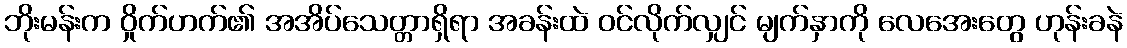
ဘိုးမန်းက ဝှိုက်ဟက်၏ အအိပ်သေတ္တာရှိရာ အခန်းထဲ ဝင်လိုက်လျှင် မျက်နှာကို လေအေးတွေ ဟုန်းခနဲ